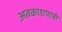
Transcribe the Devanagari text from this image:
अवकाशयात्री